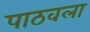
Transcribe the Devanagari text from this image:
पाठवला